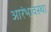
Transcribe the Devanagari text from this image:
आरंभावस्था